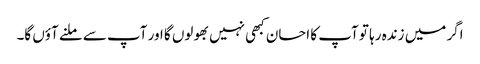
اگر میں زندہ رہا تو آپ کا احسان کبھی نہیں بھولوں گا اور آپ سے ملنے آؤں گا۔